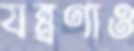
যন্ত্রণাও